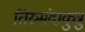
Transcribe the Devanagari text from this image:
तिरुमंदाकुन्नु